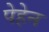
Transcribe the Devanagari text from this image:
पेहेन